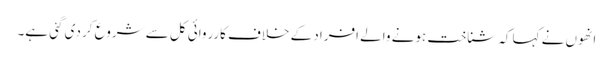
انھوں نے کہا کہ شناخت ہونے والے افراد کے خلاف کارروائی کل سے شروع کر دی گئی ہے۔